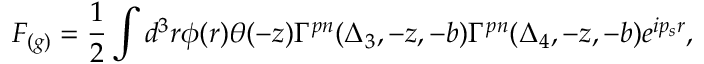
F _ { ( g ) } = { \frac { 1 } { 2 } } \int d ^ { 3 } r \phi ( r ) \theta ( - z ) \Gamma ^ { p n } ( \Delta _ { 3 } , - z , - b ) \Gamma ^ { p n } ( \Delta _ { 4 } , - z , - b ) e ^ { i p _ { s } r } ,